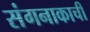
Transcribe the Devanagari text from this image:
संगनाकाची